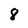
Character: 8